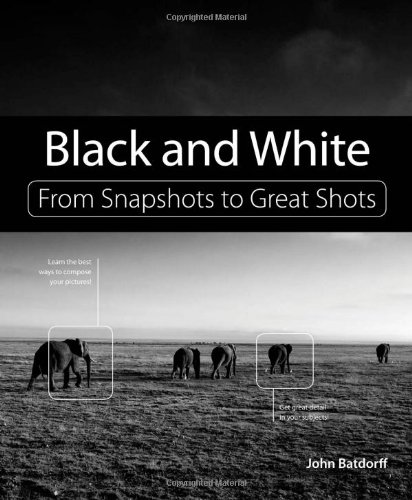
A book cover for Black and White: From Snapshots to Great Shots; John Batdorff; Arts & Photography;